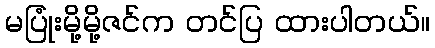
မပြုံးမို့မို့ဇင်က တင်ပြ ထားပါတယ်။